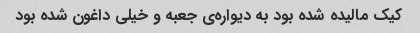
کیک مالیده شده بود به دیواره‌ی جعبه و خیلی داغون شده بود